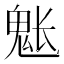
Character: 𩲒